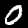
Digit: 0